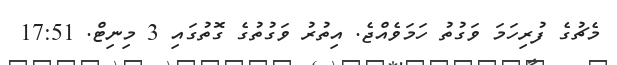
މެޗުގެ ފުރިހަމަ ވަގުތު ހަމަވެއްޖެ. އިތުރު ވަގުތުގެ ގޮތުގައި 3 މިނިޓް. 17:51